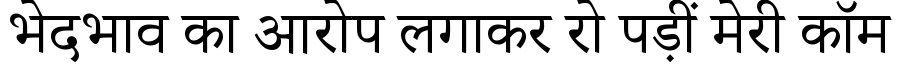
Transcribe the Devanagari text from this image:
भेदभाव का आरोप लगाकर रो पड़ीं मेरी कॉम